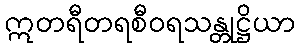
ဣတရီတရစီဝရသန္တုဋ္ဌိယာ